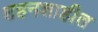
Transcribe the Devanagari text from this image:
शहनशाहीत